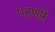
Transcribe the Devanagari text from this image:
पटणारे